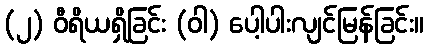
(၂) ဝီရိယရှိခြင်း (ဝါ) ပေါ့ပါးလျင်မြန်ခြင်း။